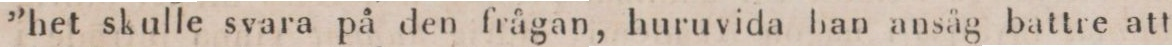
”het skulle svara på den frågan, huruvida han ansåg battre att